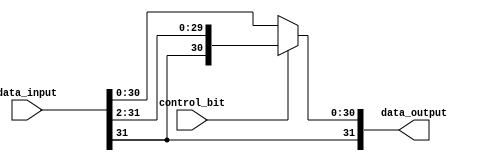
module my_2bit_rightshifter(data_input, control_bit, data_output);

	input [31:0] data_input;
	input control_bit;
	
	wire [31:0] shifted;
	
	output [31:0] data_output;
	
	
	genvar k;
	generate
	for(k = 0; k < 30; k = k+1) begin: my2RightShiftLoop
		assign shifted[k] = data_input[k+2];
    end
	endgenerate
    
    genvar j;
	generate
	for(j = 30; j < 32; j = j+1) begin: my2RightShiftLoop2
		assign shifted[j] = data_input[31];
    end
	endgenerate
	
	assign data_output = control_bit ? shifted : data_input;
	
	
	
endmodule